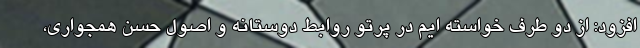
افزود: از دو طرف خواسته ایم در پرتو روابط دوستانه و اصول حسن همجواری،